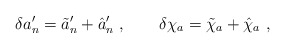
\begin{align*}\delta a'_n=\tilde a'_n+\hat a'_n\ ,\qquad\delta\chi_a=\tilde\chi_a+\hat\chi_a\ ,\end{align*}